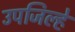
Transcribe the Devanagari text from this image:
उपजिल्हे